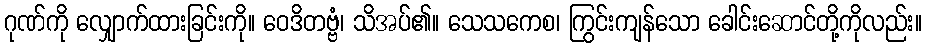
ဂုဏ်ကို လျှောက်ထားခြင်းကို။ ဝေဒိတဗ္ဗံ၊ သိအပ်၏။ သေသကေစ၊ ကြွင်းကျန်သော ခေါင်းဆောင်တို့ကိုလည်း။